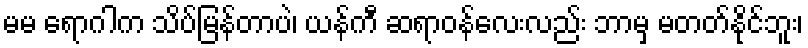
မမ ရောဂါက သိပ်မြန်တာပဲ၊ ယန်ကီ ဆရာဝန်လေးလည်း ဘာမှ မတတ်နိုင်ဘူး၊